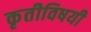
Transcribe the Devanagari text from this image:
कृतीविषयी